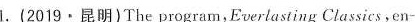
1.(2019·昆明)The program,Everlasting Classics,en-